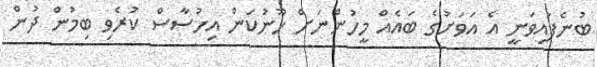
ބުނެފައިވަނީ އެ އަވަށުގެ ބައެއް މީހުންނަށް ހޫނުކަން އިހުސާސް ކުރެވި ބިމުން ދުން